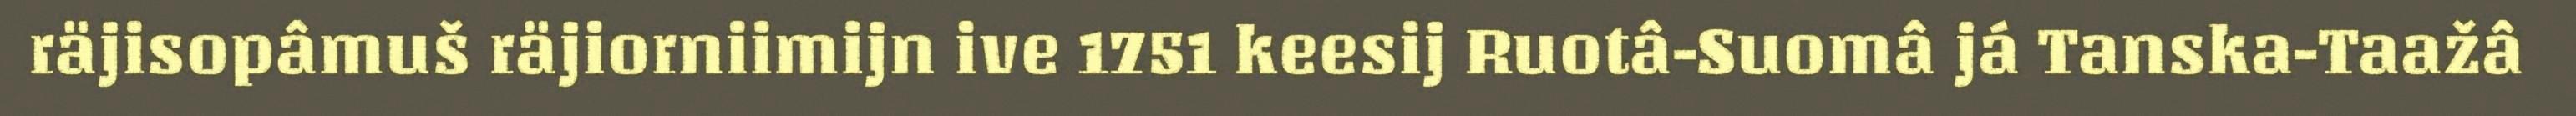
räjisopâmuš räjiorniimijn ive 1751 keesij Ruotâ-Suomâ já Tanska-Taažâ